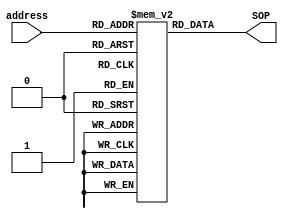
module LUT (
    input wire [2:0] address,
    output reg [1:0] SOP
);

reg [1:0] data [7:0];

initial begin
data[0] = 2'b11;
data[1] = 2'b11;
data[2] = 2'b10;
data[3] = 2'b00;
data[4] = 2'b01;
data[5] = 2'b01;
data[6] = 2'b10;
data[7] = 2'b01;
end

always @(address)
begin
    SOP = data[address];
  end
endmodule